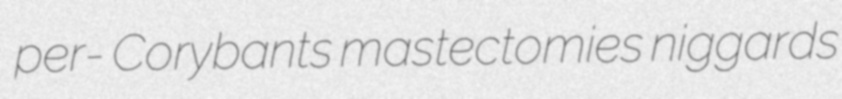
per- Corybants mastectomies niggards